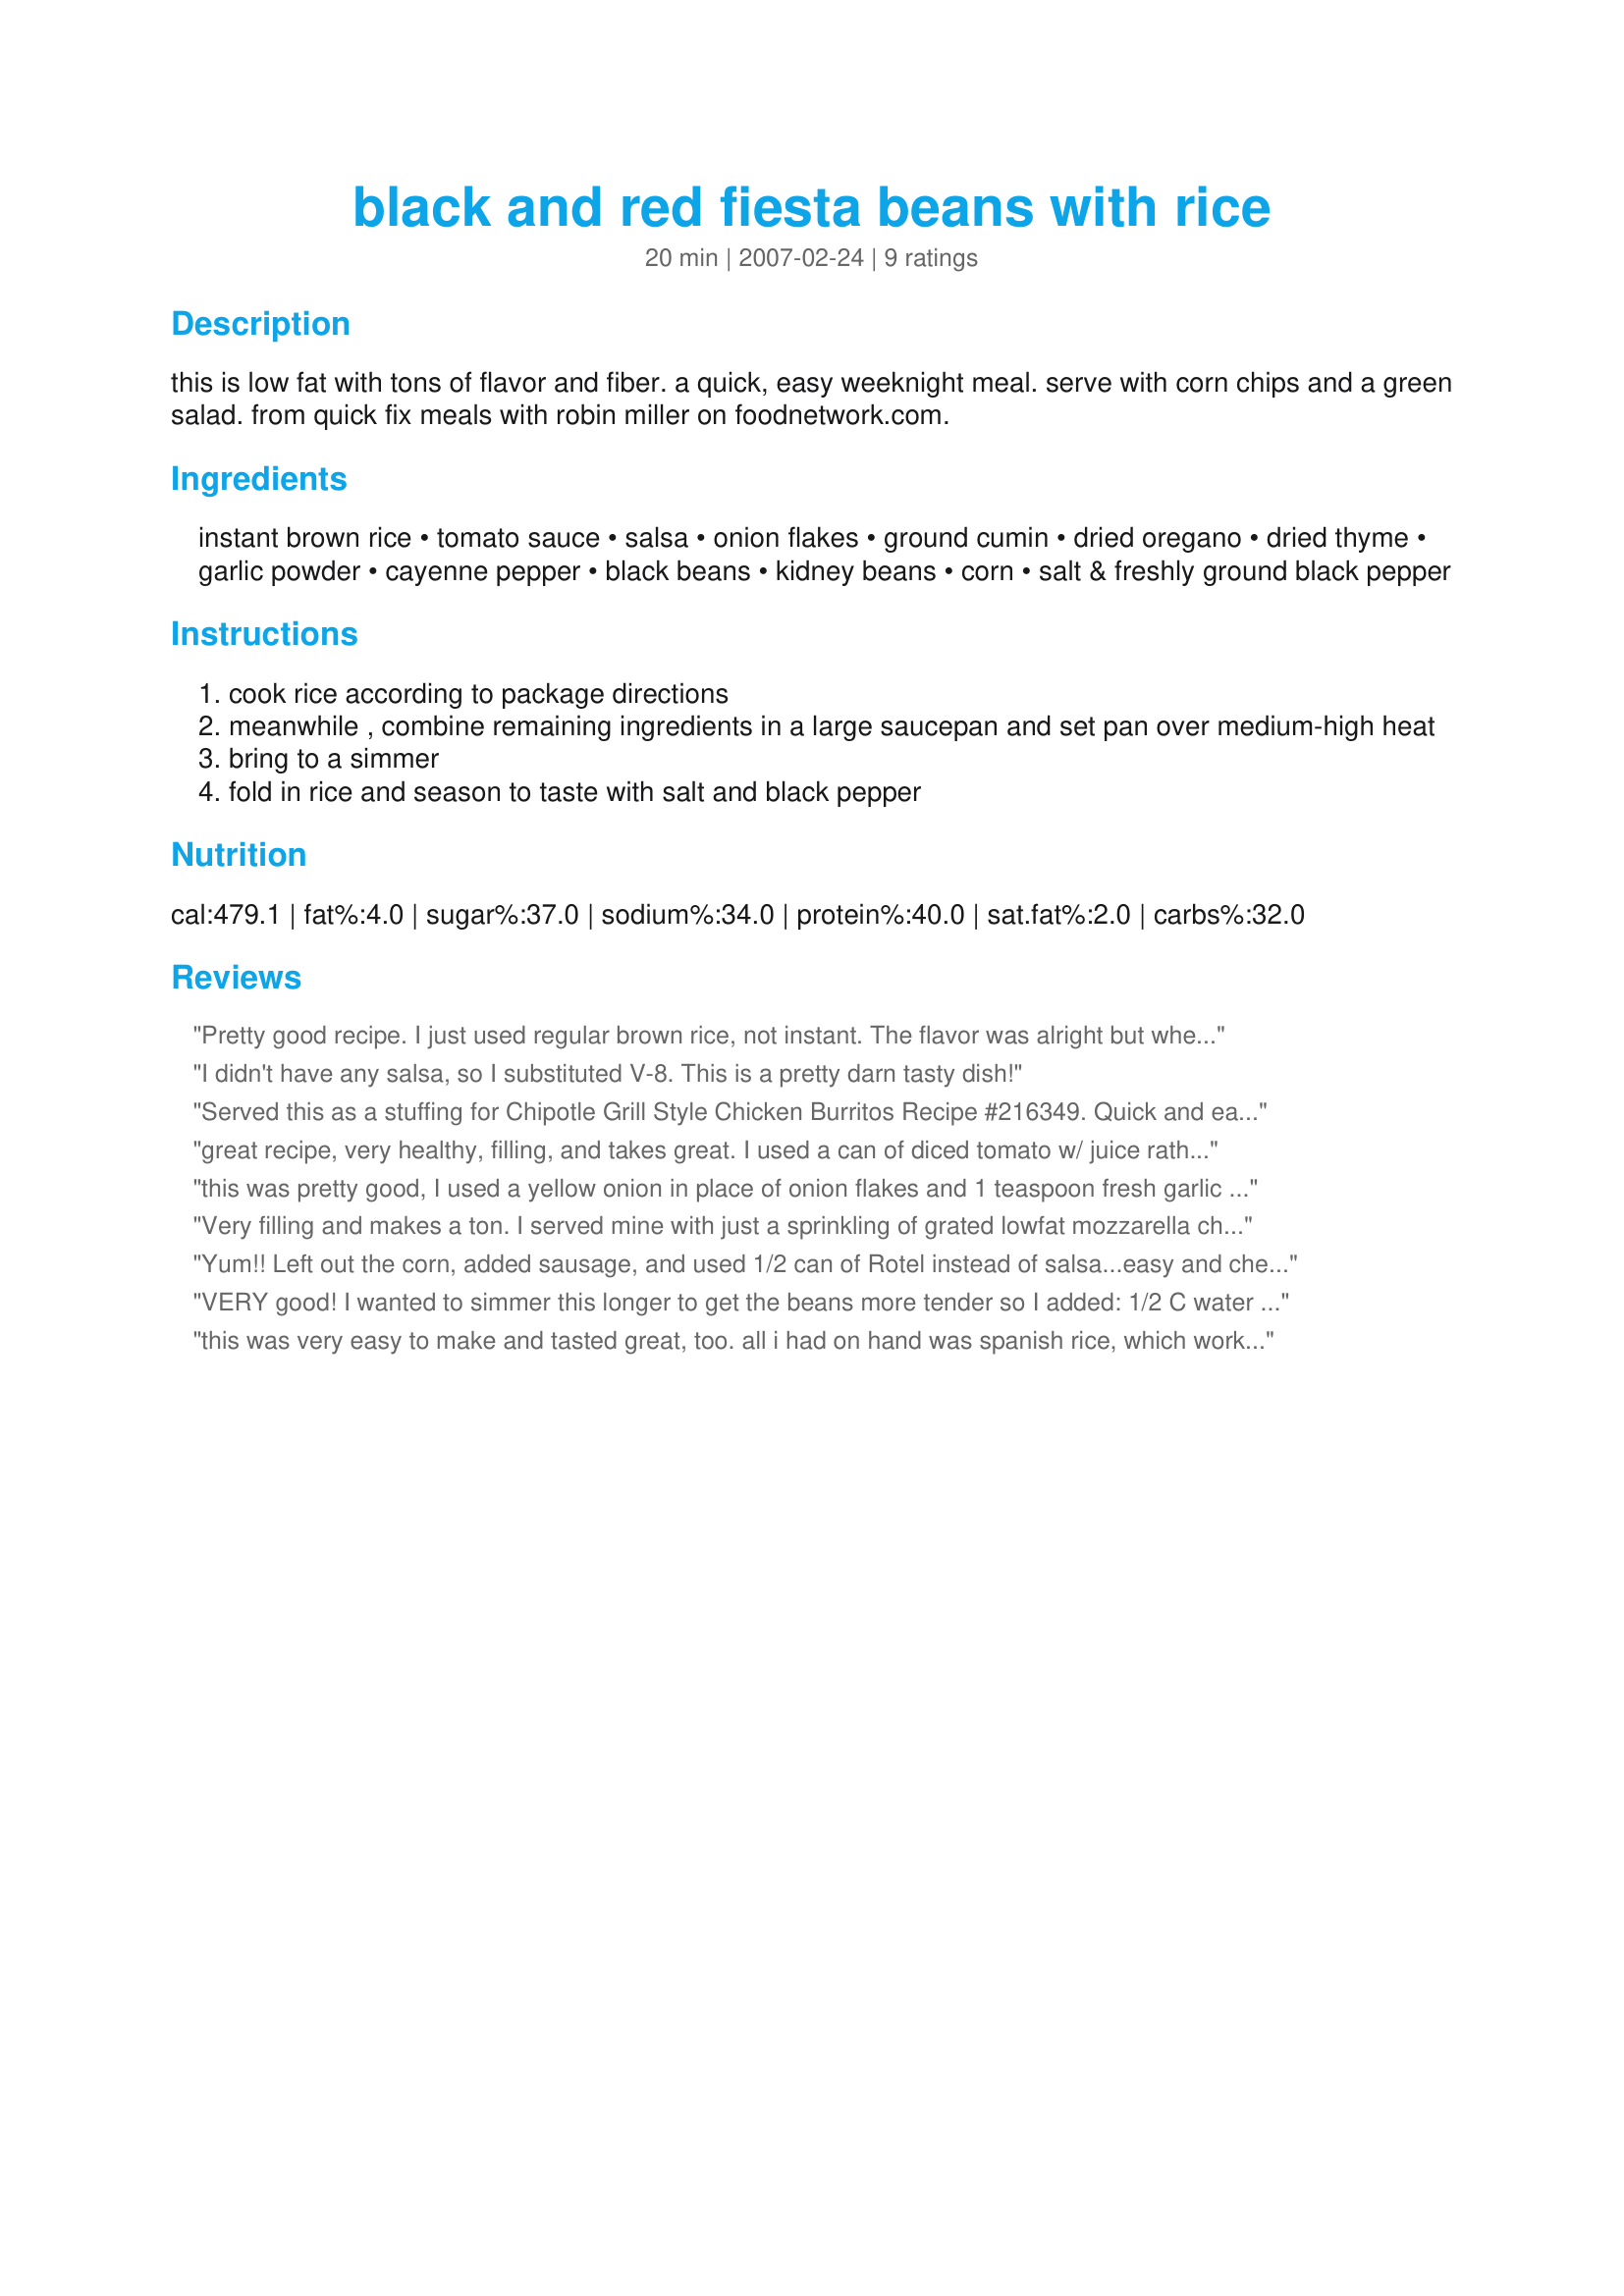
black and red fiesta beans with rice
Preparation time: 20 minutes

this is low fat with tons of flavor and fiber. a quick, easy weeknight meal. serve with corn chips and a green salad. from quick fix meals with robin miller on foodnetwork.com.

Ingredients:
instant brown rice, tomato sauce, salsa, onion flakes, ground cumin, dried oregano, dried thyme, garlic powder, cayenne pepper, black beans, kidney beans, corn, salt & freshly ground black pepper

Steps:
cook rice according to package directions
meanwhile , combine remaining ingredients in a large saucepan and set pan over medium-high heat
bring to a simmer
fold in rice and season to taste with salt and black pepper

Reviews:
Pretty good recipe. I just used regular brown rice, not instant. The flavor was alright but when I reheated the leftovers I ended up adding some of the salsa I had leftover in the jar because the flavor was slightly lacking for my taste. But overall pretty good.
I didn't have any salsa, so I substituted V-8. This is a pretty darn tasty dish!
Served this as a stuffing for Chipotle Grill Style Chicken Burritos Recipe #216349. Quick and easy. I recommend the addition of the juice of a single lime, and about 1/4 cup of fresh cilantro.
great recipe, very healthy, filling, and takes great. I used a can of diced tomato w/ juice rather than tomato sauce. I will be making this again soon!
this was pretty good, I used a yellow onion in place of onion flakes and 1 teaspoon fresh garlic in place of the garlic powder which I sauteed firstly in a little oil, I also added in some cayenne pepper, I had to increase the salsa slightly for a little more flavor, thanks for sharing Kel!
Very filling and makes a ton. I served mine with just a sprinkling of grated lowfat mozzarella cheese. I'm going to try the leftovers rolled in tortillas for lunch!
Yum!! Left out the corn, added sausage, and used 1/2 can of Rotel instead of salsa...easy and cheap...
VERY good! I wanted to simmer this longer to get the beans more tender so I added: 1/2 C water to thin it out a bit, 1/2 sm. fresh onion in place of the onion powder and 1/3 C sweet yellow bell pepper. I didn't have black beams so I used all red. The (frozen) corn adds nice color and taste as well. Otherwise followed all other recommendations for seasoning. I looks as wonderful as it tastes! Thanks for sharing KelBel!
this was very easy to make and tasted great, too. all i had on hand was spanish rice, which worked out well. it makes plenty for more than four servings, especially if being served with other dishes.
